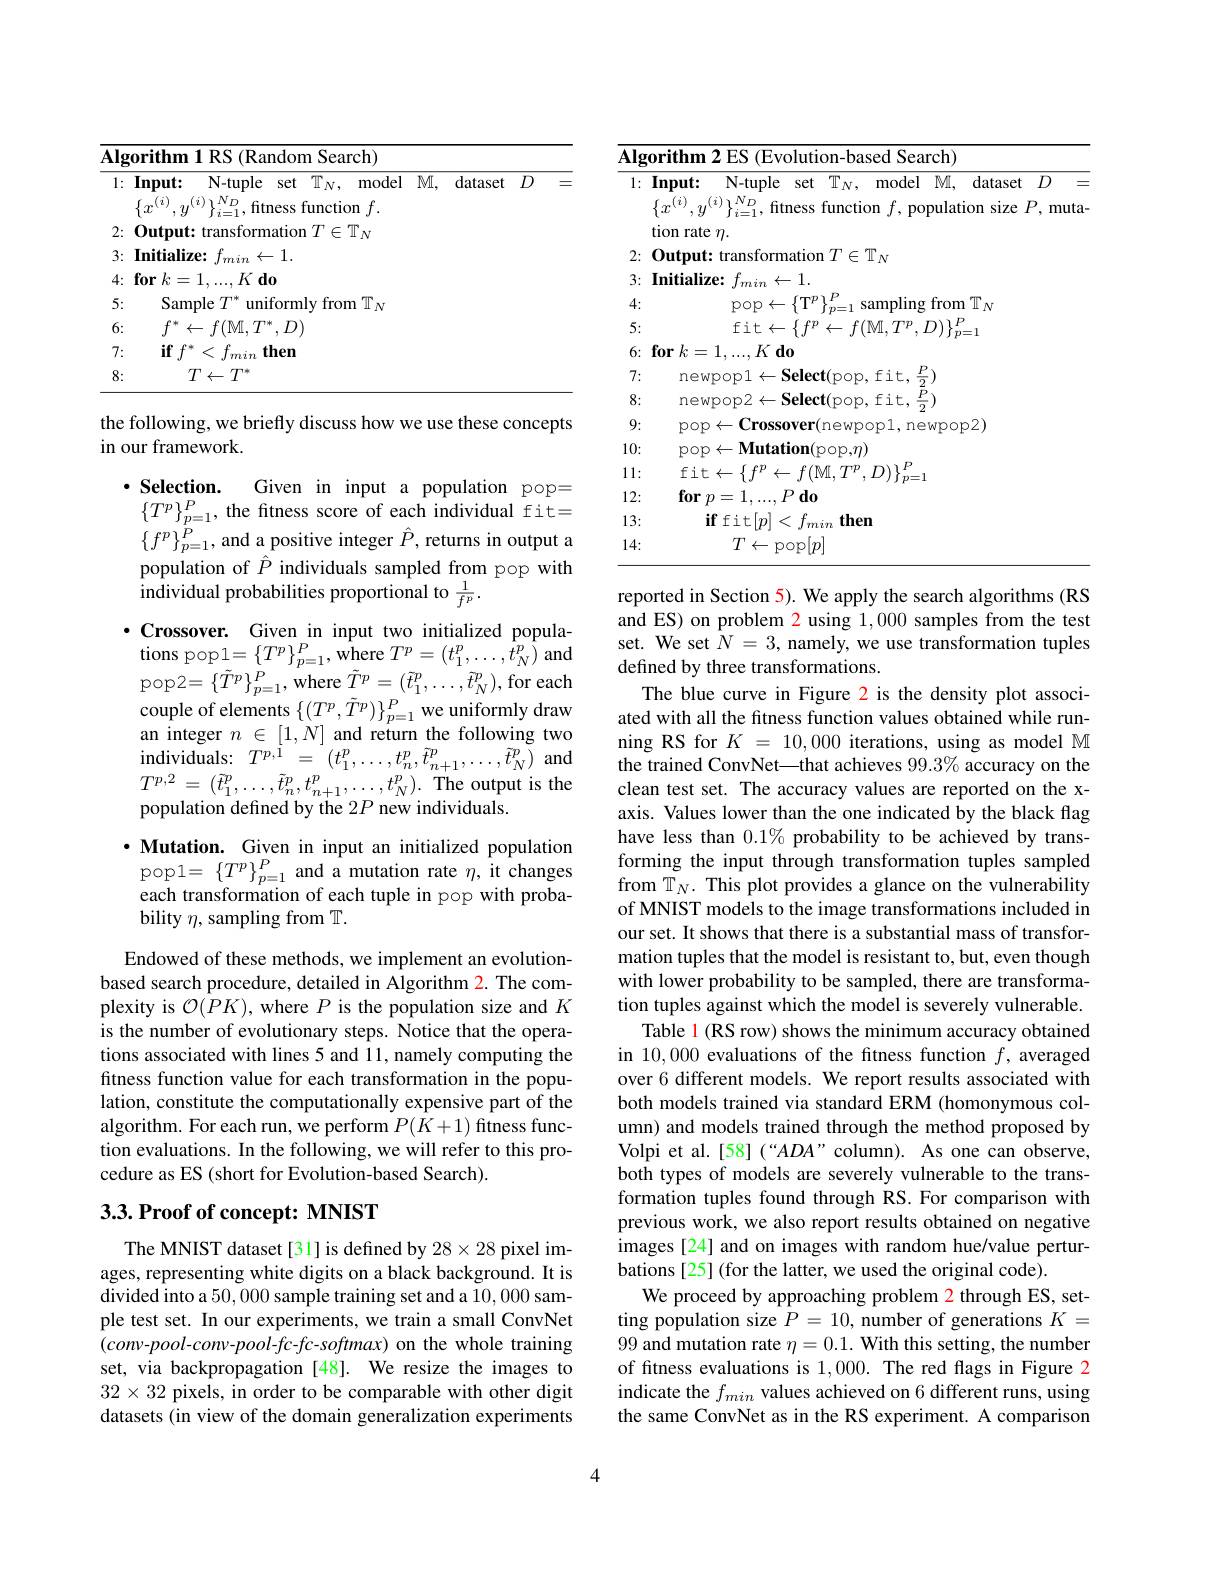
<table>
	<tbody>
		<tr>
			<td>$\mathbf{Al};$ $\log _{0}\textbf{rithm}$</td>
			<td>Search)</td>
		</tr>
		<tr>
			<td>5: San</td>
			<td>from $\text{n T}_N$</td>
		</tr>
		<tr>
			<td>$f^*$ 6:</td>
			<td> </td>
		</tr>
		<tr>
			<td>7: $if$</td>
			<td> </td>
		</tr>
		<tr>
			<td>8:</td>
			<td> </td>
		</tr>
	</tbody>
</table>

the following, we briefly discuss how we use these concepts
in our framework

$\cdot \textbf{Selection. }$
Given in input a population pop=
$\{T^{p}\}_{p=1}^{P}$, the fitness score of each individual fit= $\{f^p\}_{p=1}^{\dot{P}}$, and a positive integer $\hat{P}$, returns in output a population of $\hat{P}$ individuals sampled from pop with individual probabilities proportional to $\frac1{f^p}.$
$\cdot$Crossover. Given\_in input two initialized populations pop1= $\left \{ T^{p}\right \} _{p= 1}^{P}$, where $T^{p}= \left ( t_{1}^{p}, \ldots , t_{N}^{p}\right )$and pop2$=\{\tilde{T}^{p}\}_{p=1}^{P}$,where $\tilde{T}^{p}=(\tilde{t}_{1}^{p},\ldots,\tilde{t}_{N}^{p})$,for each couple of elements $\{(T^p,\tilde{T}^p)\}_{p=1}^P$ we uniformly draw an integer $n\in[1,N]$ and return the following two $\begin{array}{l}{\mathrm{individuals:~}}&{T^{p,1}=(t_{1}^{p},\ldots,t_{n}^{p},\tilde{t}_{n+1}^{p},\ldots,\tilde{t}_{N}^{p})}\\{\mathrm{individuals:~}}&{T^{p,1}=(t_{1}^{p},\ldots,t_{n}^{p},\tilde{t}_{n+1}^{p},\ldots,\tilde{t}_{N}^{p})}\end{array}$and $T^{p,2}=(\tilde{t}_{1}^{p},\ldots,\tilde{t}_{n}^{p},t_{n+1}^{p},\ldots,t_{N}^{p}).$The output is the population defined by the $2P$ new individuals.

·Mutation. Given in input an initialized population pop1$=\{T^p\}_{p=1}^P$and a mutation rate $\eta$, it changes each transformation of each tuple in pop with probability $\eta$, sampling from T.

Endowed of these methods, we implement an evolutionbased search procedure, detailed in Algorithm 2. The complexity is $\mathcal{O}(PK)$, where $P$ is the population size and $K$ is the number of evolutionary steps. Notice that the operations associated with lines 5 and 11, namely computing the fitness function value for each transformation in the population, constitute the computationally expensive part of the algorithm. For each run, we perform $P(K+1)$ fitness function evaluations. In the following, we will refer to this procedure as ES (short for Evolution-based Search).

## $3. 3. \textbf{Proof of concept: MNIST}$

The MNIST dataset [31] is defined by $28\times28$ pixel images, representing white digits on a black background. It is divided into a 50,000 sample training set and a 10,000 sample test set. In our experiments, we train a small ConvNet $(conv-pool-conv-pool-fc-fc-softmax)$ on the whole training set, via backpropagation [48]. We resize the images to $32\times32$ pixels, in order to be comparable with other digit datasets (in view of the domain generalization experiments

<table>
	<tbody>
		<tr>
			<td>$\overline{\mathbf{Alg}(}$</td>
			<td>Searchi $\mathbf{ifh}$ $HV$ </td>
		</tr>
		<tr>
			<td>1:</td>
			<td>Input: N-tuple set $\mathbb{T} _N$, model $\mathbb{M} $, dataset $D$ $^{(i)},y^{(i)}\}_{i=1}^{N_{D}}$, fitness function $f$, population size $P$, muta- 二 $\{r^{(\boldsymbol{\tau})}\}$ tion rate $\eta.$</td>
		</tr>
		<tr>
			<td>2:</td>
			<td>$^{'}\in\mathbb{T}_N$ $0ut$</td>
		</tr>
		<tr>
			<td>3:</td>
			<td>$\div1$ $|mi$ 74 $2\dot{x}\boldsymbol{r}$</td>
		</tr>
		<tr>
			<td>4:</td>
			<td>$17P$ $P$ from $\mathbb{T}_N$ pop samnlıng r 1</td>
		</tr>
		<tr>
			<td>5:</td>
			<td> $f\dot{1}+$ $f(\mathbb{M}).^{\prime}$ 111</td>
		</tr>
		<tr>
			<td>6:</td>
			<td>$\textbf{for}k$ $K\textbf{do}$ : 二</td>
		</tr>
		<tr>
			<td>7:</td>
			<td>it,$\frac{P}{2})$ new </td>
		</tr>
		<tr>
			<td>8:</td>
			<td>$P$ mew $i+$</td>
		</tr>
		<tr>
			<td>9:</td>
			<td>newoop2)</td>
		</tr>
		<tr>
			<td>10:</td>
			<td>$\mathbf{ation}($pop$,\eta)$ $p001$</td>
		</tr>
		<tr>
			<td>11: </td>
			<td>$P$ fit $f(\mathbb{N}1.$ 11</td>
		</tr>
		<tr>
			<td>12:</td>
			<td>$\textbf{for}p= 1$, $P\textbf{do}$</td>
		</tr>
		<tr>
			<td>13: </td>
			<td>$\textbf{if fit}[ p]$ then nir</td>
		</tr>
		<tr>
			<td>14:</td>
			<td>$T\leftarrow$pop$[p]$</td>
		</tr>
	</tbody>
</table>

reported in Section 5). We apply the search algorithms (RS and ES) on problem 2 using 1,000 samples from the test set. We set $N=3$, namely, we use transformation tuples defined by three transformations.
The blue curve in Figure 2 is the density plot associated with all the funess function values obtained while running RS for $K=10,000$ iterations, using as model M the trained ConvNet\_that achieves $99.3\%$ accuracy on the clean test set. The accuracy values are reported on the xaxis. Values lower than the one indicated by the black flag have less than $0.1\%$ probability to be achieved by transforming the input through transformation tuples sampled from $\mathbb{T}_N.$ This plot provides a glance on the vulnerability of MNIST models to the image transformations included in our set. It shows that there is a substantial mass of transformation tuples that the model is resistant to, but, even though with lower probability to be sampled, there are transformation tuples against which the model is severely vulnerable.
Table 1 (RS row) shows the minimum accuracy obtained in 10,000 evaluations of the fitness function $f$, averaged over 6 different models. We report results associated with both models trained via standard ERM (homonymous column) and models trained through the method proposed by Volpi et al.[58](“ADA”column). As one can observe, both types of models are severely vulnerable to the transformation tuples found through RS. For comparison with previous work, we also report results obtained on negative images [24] and on images with random hue/value perturbations [25] (for the latter, we used the original code).
We proceed by approaching problem 2 through ES, setting population size $P=10$, number of generations $K=$ 99 and mutation rate $\eta = 0. 1. \textbf{With this setting, the number}$ of fitness evaluations is 1,000. The red flags in Figure 2 indicate the $f_min$ values achieved on 6 different runs, using the same ConvNet as in the RS experiment. A comparison

4